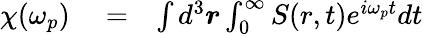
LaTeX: \begin{array}{rlr}{\chi(\omega_{p})}&{{}=}&{\int d^{3}\boldsymbol r\int_{0}^{\infty}S(r,t)e^{i\omega_{p}t}dt}\end{array}